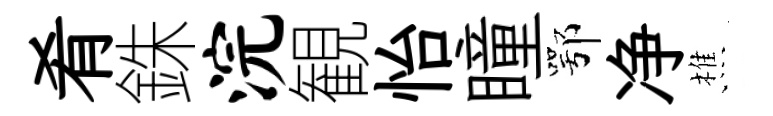
肴銖浣観怡瞳鄂净樵